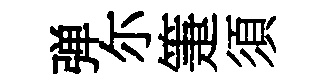
弹尓箑須